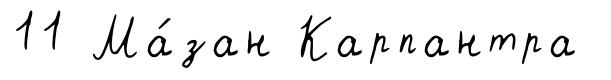
11 Ма́зан Карпантра